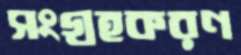
সংগ্রহকরণ